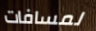
لمسافات